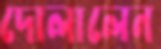
দোলালেন